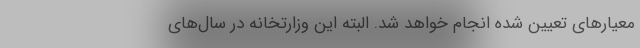
معیارهای تعیین شده انجام خواهد شد. البته این وزارتخانه در سال‌های